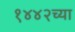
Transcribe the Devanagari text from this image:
१४४२च्या